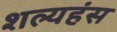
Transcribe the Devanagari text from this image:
शल्यहंस